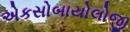
એકસોબાયોલોજી